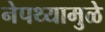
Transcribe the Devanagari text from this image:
नेपथ्यामुळे